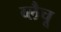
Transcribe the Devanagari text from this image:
व्लैचू